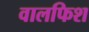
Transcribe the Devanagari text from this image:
वालफिश